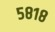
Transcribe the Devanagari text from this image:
५८१८